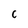
Character: c